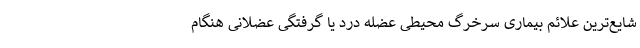
شایع‌ترین علائم بیماری سرخرگ محیطی عضله درد یا گرفتگی عضلانی هنگام